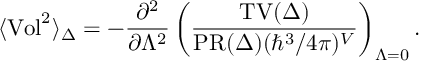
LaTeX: \langle \mathrm { V o l } ^ { 2 } \rangle _ { \Delta } = - { \frac { \partial ^ { 2 } } { \partial \Lambda ^ { 2 } } } \left( { \frac { \mathrm { T V } ( \Delta ) } { \mathrm { P R } ( \Delta ) ( \hbar ^ { 3 } / 4 \pi ) ^ { V } } } \right) _ { \Lambda = 0 } .